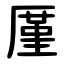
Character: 厪